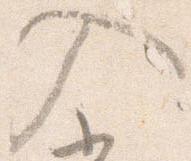
入